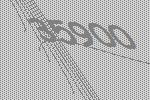
35900